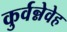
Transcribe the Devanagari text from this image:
कुर्वन्नेवेह